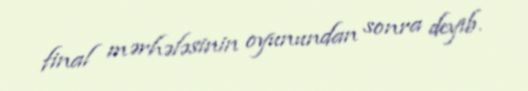
final mərhələsinin oyunundan sonra deyib.